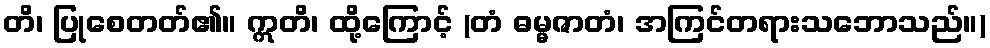
တိ၊ ပြုစေတတ်၏။ ဣတိ၊ ထို့ကြောင့် (တံ ဓမ္မဇာတံ၊ အကြင်တရားသဘောသည်။)